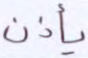
يأذن